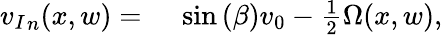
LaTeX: \begin{array}{rl}{{v_{I}}_{n}(x,w)={}}&{{}\sin{(\beta)}v_{0}-\frac{1}{2}\Omega(x,w),}\end{array}